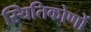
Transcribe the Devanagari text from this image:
स्थितिकोणों